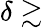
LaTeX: \delta\gtrsim